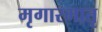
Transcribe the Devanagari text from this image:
मृगारमातृ